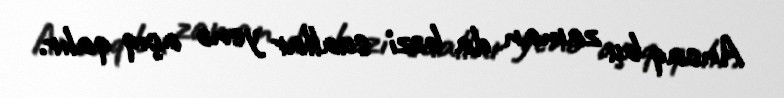
Ancaq bu zaman da bəzi suallar yenə açıq qalır.